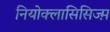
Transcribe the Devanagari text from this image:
नियोक्लासिसिज्म़